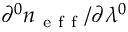
\partial ^ { 0 } n _ { \mathrm { ~ e ~ f ~ f ~ } } / \partial \lambda ^ { 0 }